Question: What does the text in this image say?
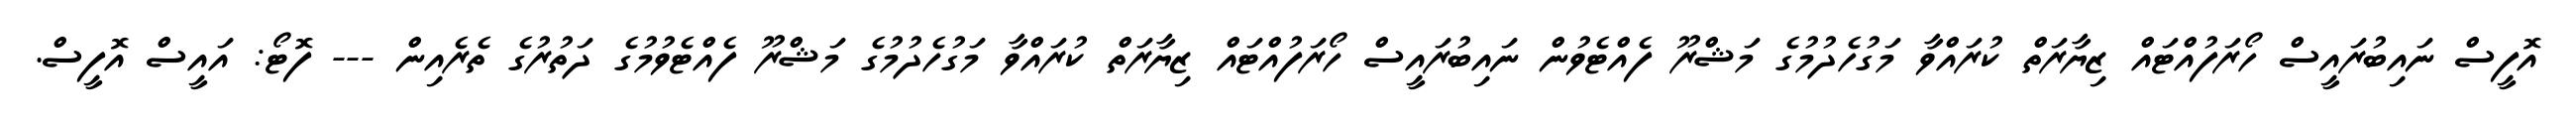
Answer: އޮފީސް ނައިބުރައީސް ހޯރަފުއްޓައް ޒިޔާރަތް ކުރައްވާ މަގުހެދުމުގެ މަޝްރޫ ފެއްޓެވުން ނައިބުރައީސް ހޯރަފުއްޓައް ޒިޔާރަތް ކުރައްވާ މަގުހެދުމުގެ މަޝްރޫ ފެއްޓެވުމުގެ ދަތުރުގެ ތެރެއިން --- ފޮޓޯ: އައީސް އޮފީސް.